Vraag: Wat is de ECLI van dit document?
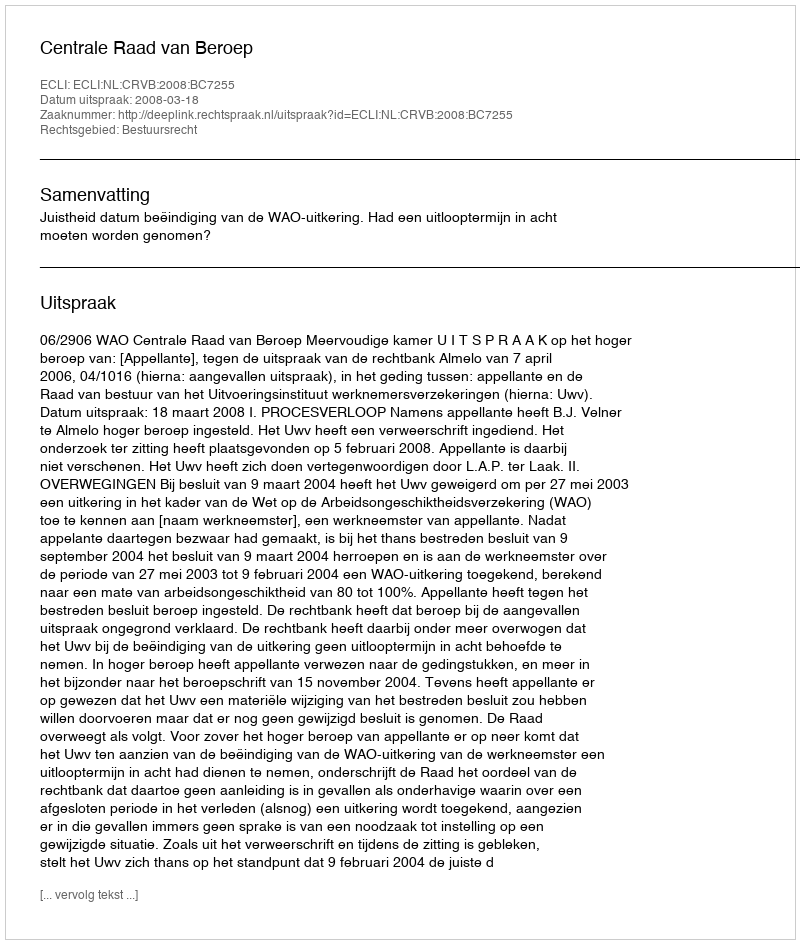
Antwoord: ECLI:NL:CRVB:2008:BC7255